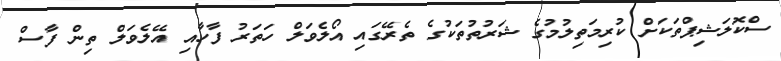
ސްކޮލަޝިޕްތަކަށް ކުރިމަތިލުމުގެ ޝަރުތުތަކުގެ ތެރޭގައި އޯލެވަލް ހަތަރު ފާހާއި އޭލެވަލް ތިން ފާސް